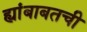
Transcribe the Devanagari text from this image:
ह्यांबाबतची